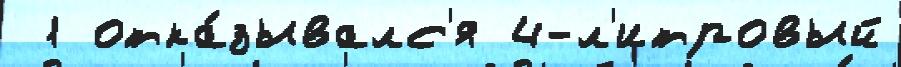
 1 отка́зывалс'я 4-л'итровый